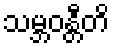
သမ္ဘဝန္တီတိ